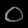
Digit: ၀